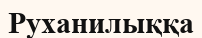
Руханилыққа